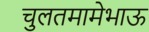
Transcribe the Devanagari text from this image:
चुलतमामेभाऊ